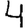
Digit: 4